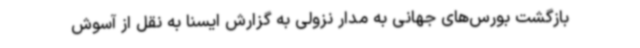
بازگشت بورس‌های جهانی به مدار نزولی به گزارش ایسنا به نقل از آسوش